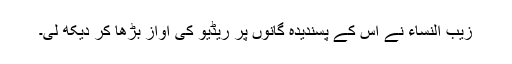
زیب النساء نے اس کے پسندیدہ گانوں پر ریڈیو کی آواز بڑھا کر دیکھ لی۔